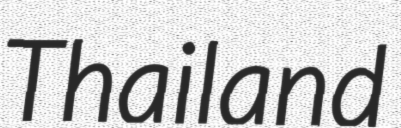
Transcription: Thailand